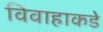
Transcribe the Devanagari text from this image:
विवाहाकडे